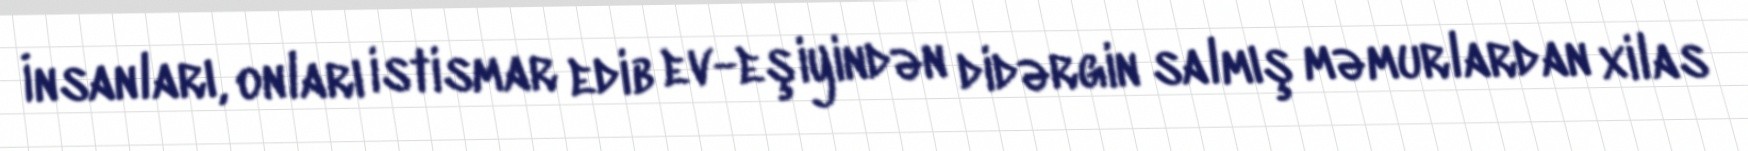
İnsanları, onları istismar edib ev-eşiyindən didərgin salmış məmurlardan xilas